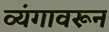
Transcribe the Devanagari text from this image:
व्यंगावरून